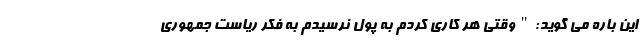
این باره می گوید:"وقتی هر کاری کردم به پول نرسیدم به فکر ریاست جمهوری